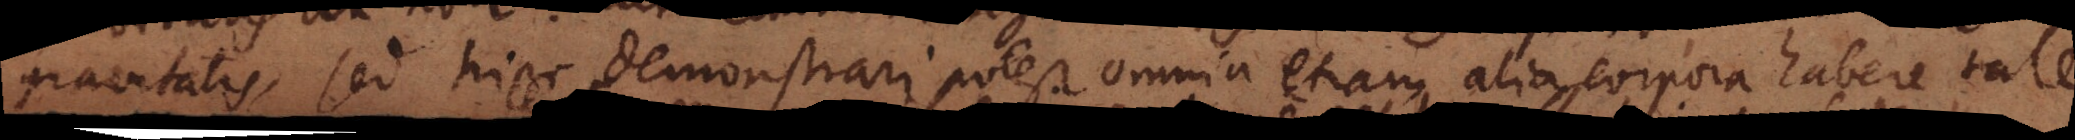
gravitatis, sed hinc demonstrari potest omnia etiam alia corpora habere tale